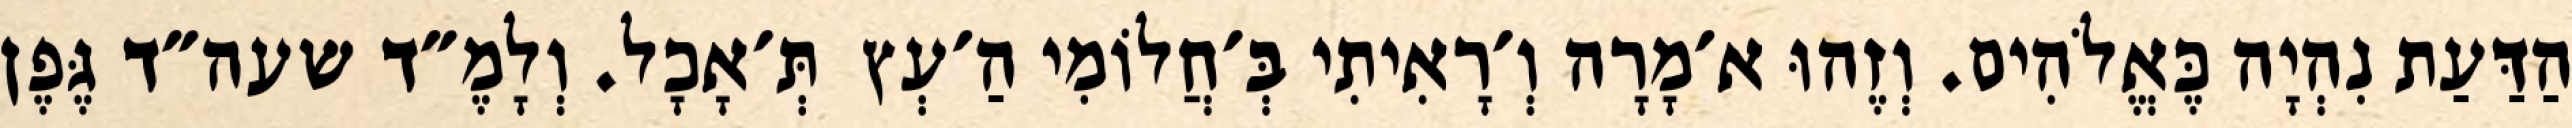
הַדַּעַת נִהְיָה כֶּאֱלֹהִים. וְזֶהוּ א׳מָרָה וְ׳רָאִיתִי בְּ׳חֲלוֹמִי הַ׳עְץ  תְּ׳אָכָל. וְלָמֶ״ד שעה״ד גֶּפֶן